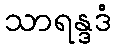
သာရန္ဒဒံ